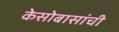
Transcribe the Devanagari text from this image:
केसोबासांची